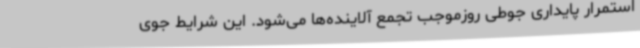
استمرار پایداری جوطی روزموجب تجمع آلاینده‌ها می‌شود. این شرایط جوی